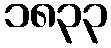
၁၈၃၃